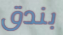
بندق